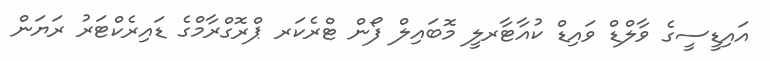
އައިޑީސީގެ ވާލްޑް ވައިޑް ކުއާޓާރލީ މޮބައިލް ފޯން ޓްރެކަރ ޕްރޮގްރާމްގެ ޑައިރެކްޓަރު ރަޔަން